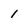
Character: 1